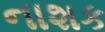
નાશક